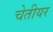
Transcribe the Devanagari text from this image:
चेतीयर